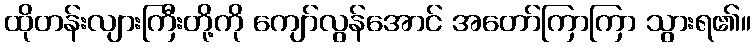
ထိုတန်းလျားကြီးတို့ကို ကျော်လွန်အောင် အတော်ကြာကြာ သွားရ၏။